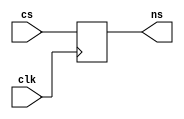
module f6_FlipFlop(clk, cs, ns);
input clk;
input [31:0] cs;
output [31:0] ns;
integer is;
always @(posedge clk)
    is <= cs;
assign ns = is;
endmodule